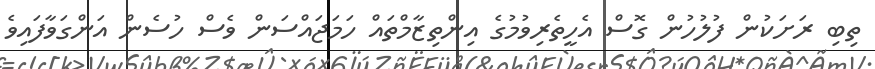
ތިބި ރަށަކުން ފުލުހުން ގޮސް އެހީތެރިވުމުގެ އިންތިޒާމްތައް ހަމަޖައްސަން ވެސް ހުސެން އަންގަވާފައިވެ